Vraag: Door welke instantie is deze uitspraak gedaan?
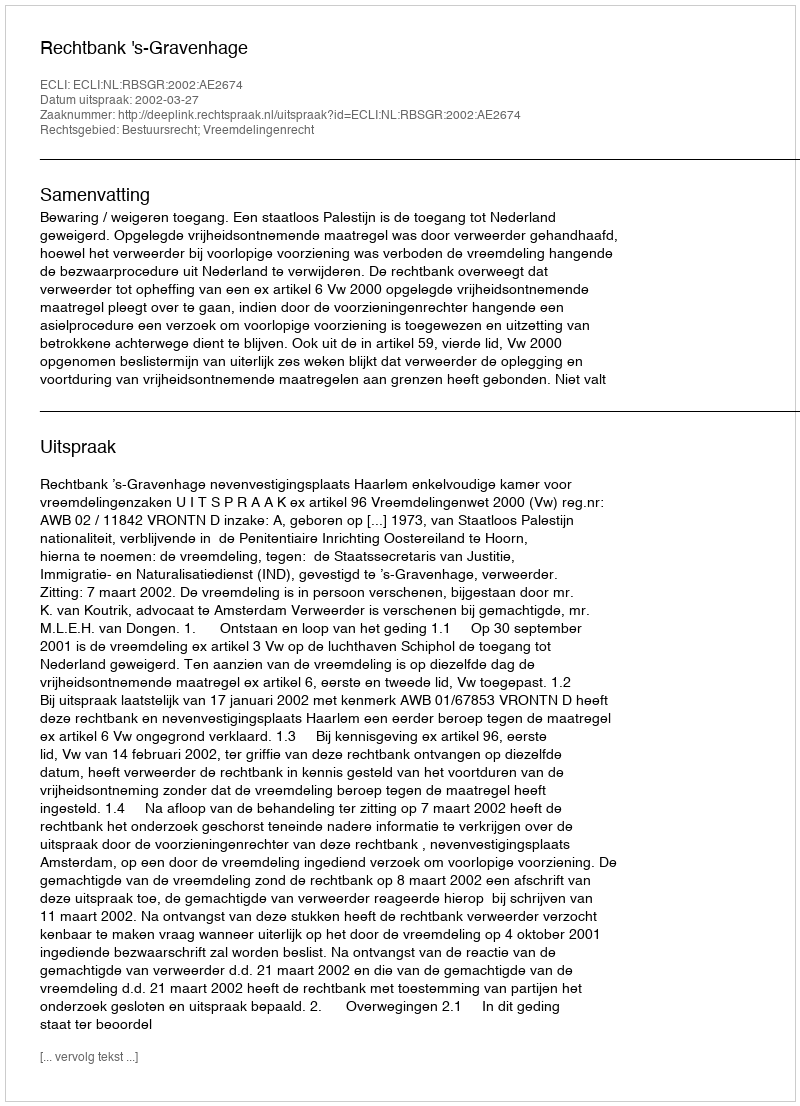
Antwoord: Rechtbank 's-Gravenhage